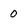
Character: 0